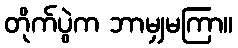
တိုက်ပွဲက ဘာမျှမကြာ။